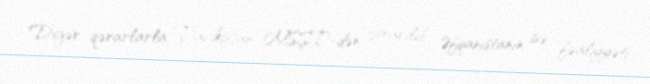
Digər qərarlarla Tacikistan MSŞT-dən çıxarılıb, Əfqanıstanın isə fəaliyyəti